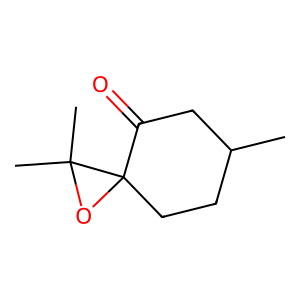
SMILES: CC1CCC2(OC2(C)C)C(=O)C1
Inhibits HIV replication: No